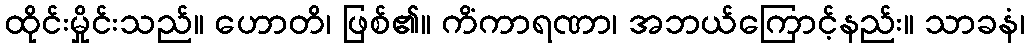
ထိုင်းမှိုင်းသည်။ ဟောတိ၊ ဖြစ်၏။ ကိံကာရဏာ၊ အဘယ်ကြောင့်နည်း။ သာခနံ၊